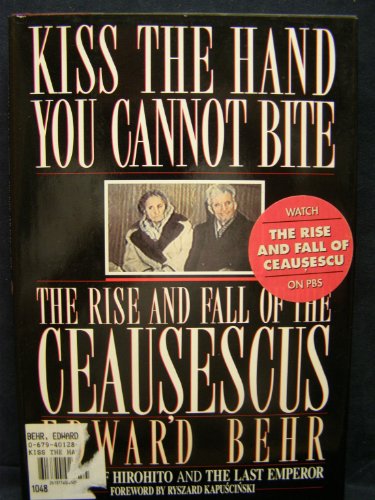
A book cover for Kiss the Hand You Cannot Bite: The Rise and Fall of the Ceausescus; Edward Behr; History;